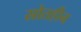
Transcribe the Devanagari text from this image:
स्रोतहीन